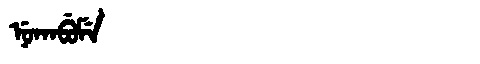
Manchu: ᠨᡠᡴᠠᠪᡠᠮᡝ
Romanization: NUKABUME